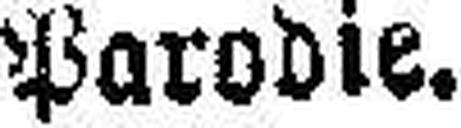
Parodie.